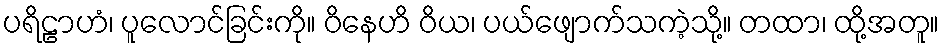
ပရိဠာဟံ၊ ပူလောင်ခြင်းကို။ ဝိနေဟိ ဝိယ၊ ပယ်ဖျောက်သကဲ့သို့။ တထာ၊ ထို့အတူ။